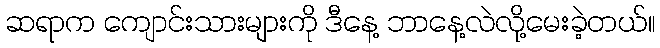
ဆရာက ကျောင်းသားများကို ဒီနေ့ ဘာနေ့လဲလို့မေးခဲ့တယ်။